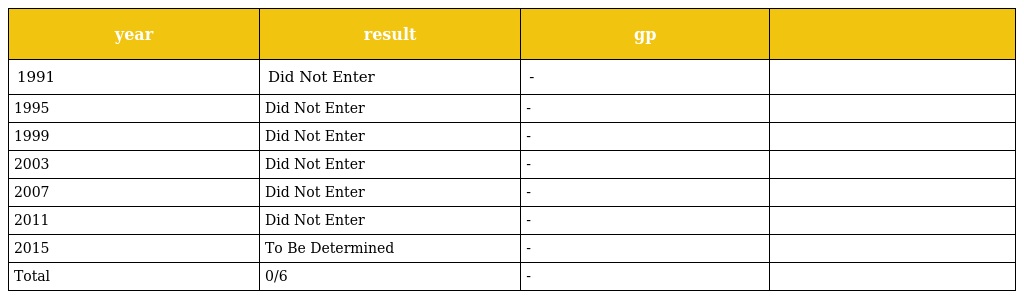
| year | result | gp |  |
 | --- | --- | --- | --- |
 | 1991 | Did Not Enter | - |  |
 | 1995 | Did Not Enter | - |  |
 | 1999 | Did Not Enter | - |  |
 | 2003 | Did Not Enter | - |  |
 | 2007 | Did Not Enter | - |  |
 | 2011 | Did Not Enter | - |  |
 | 2015 | To Be Determined | - |  |
 | Total | 0/6 | - |  |